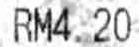
RM4.20